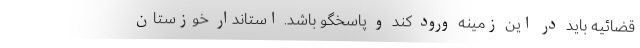
قضائیه باید در این زمینه ورود کند و پاسخگو باشد. استاندار خوزستان